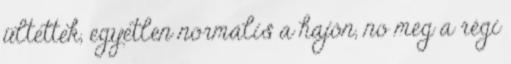
ültettek, egyetlen normális a hajón, no meg a régi